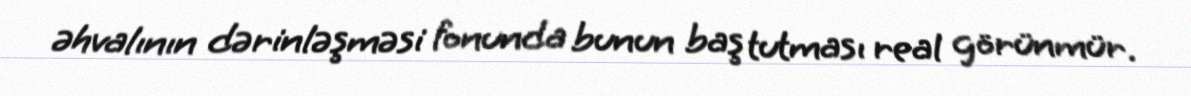
əhvalının dərinləşməsi fonunda bunun baş tutması real görünmür.